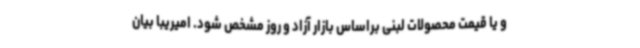
و یا قیمت محصولات لبنی براساس بازار آزاد و روز مشخص شود. امیریبا بیان